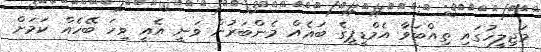
މަޖިލީހުގައި ތިއްބަވާ އެމްޑީޕީގެ ބައެއް މެންބަރުން ވަނީ އެއީ ވިހަ ބޭހެއް ކަމަށް